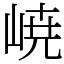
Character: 𡸳